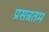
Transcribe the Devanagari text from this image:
प्रसन्नतम